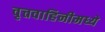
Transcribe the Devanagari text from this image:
वृत्तवाहिनीमध्ये